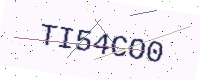
Text: TI54CO0